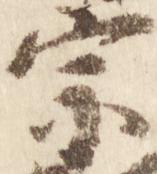
宗